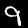
Label: 9